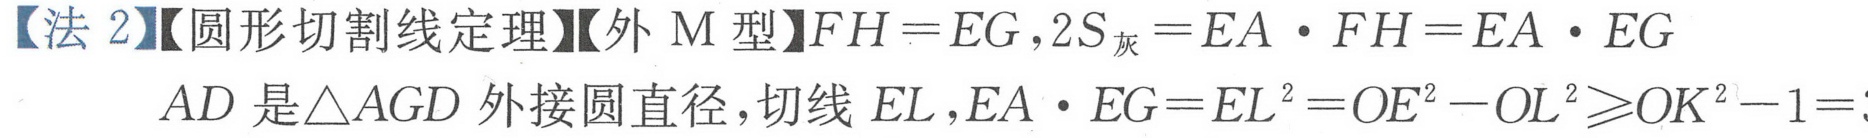
【法 2】【圆形切割线定理】【外 M 型】\(FH = EG,2S_{灰}=EA\cdot FH = EA\cdot EG\)
\(AD\)是\(\triangle AGD\)外接圆直径,切线 \(EL\),\(EA\cdot EG = EL^{2}=OE^{2}-OL^{2}\geqslant OK^{2}-1=\)